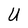
Character: U